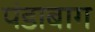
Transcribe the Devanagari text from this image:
पंडाबाग